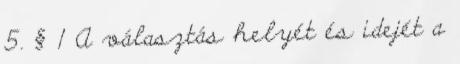
5. § 1 A választás helyét és idejét a